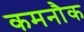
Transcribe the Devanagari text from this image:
कमनौक